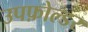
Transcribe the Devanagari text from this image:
उपफ़ोल्डर